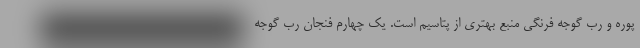
پوره و رب گوجه فرنگی منبع بهتری از پتاسیم است. یک چهارم فنجان رب گوجه